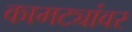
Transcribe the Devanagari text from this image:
कामट्यांवर